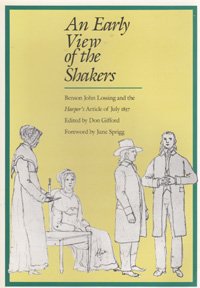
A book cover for An Early View of the Shakers: Benson John Lossing and the Harper''s Article of July 1857; Christian Books & Bibles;